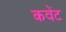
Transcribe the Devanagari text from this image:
कवेंट